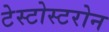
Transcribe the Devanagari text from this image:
टेस्टोस्टरोन